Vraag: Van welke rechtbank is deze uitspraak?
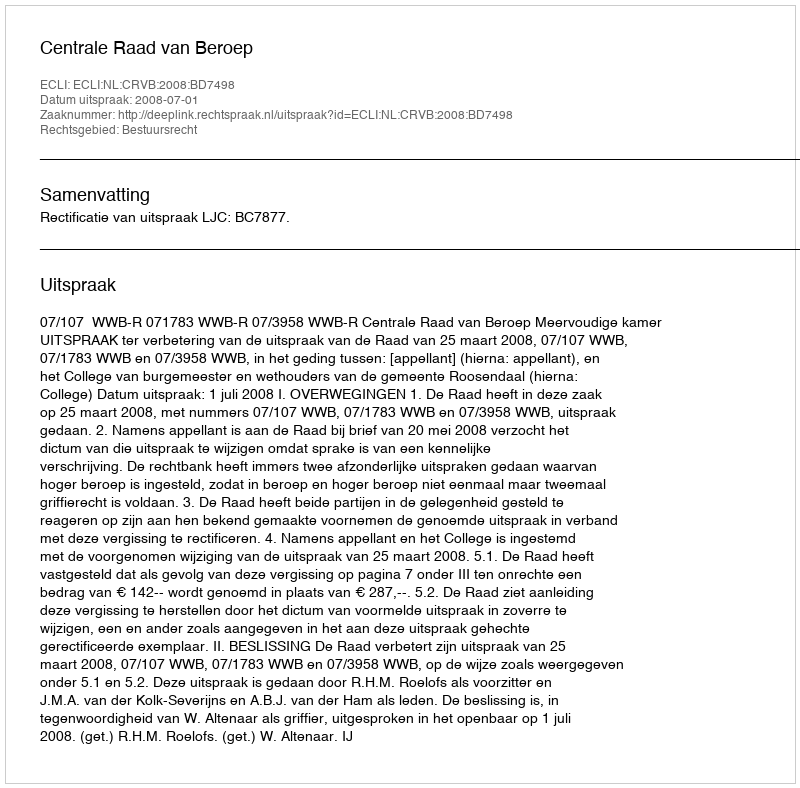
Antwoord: Centrale Raad van Beroep